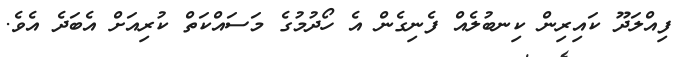
ފިއްލަދޫ ކައިރިން ކިނބުލެއް ފެނިގެން އެ ހޯދުމުގެ މަސައްކަތް ކުރިއަށް އެބަދެ އެވެ.